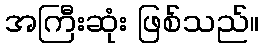
အကြီးဆုံး ဖြစ်သည်။